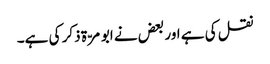
نقل کی ہے اور بعض نے ابو مرّۃ ذکر کی ہے۔